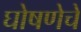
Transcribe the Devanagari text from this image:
घोषणेचे